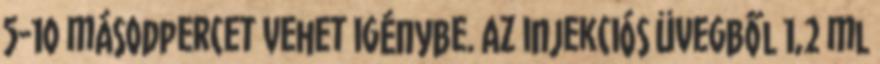
5-10 másodpercet vehet igénybe. Az injekciós üvegből 1,2 ml